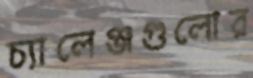
চ্যালেঞ্জগুলোর